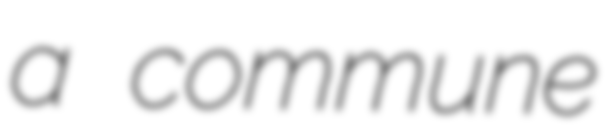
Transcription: a commune